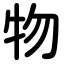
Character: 物